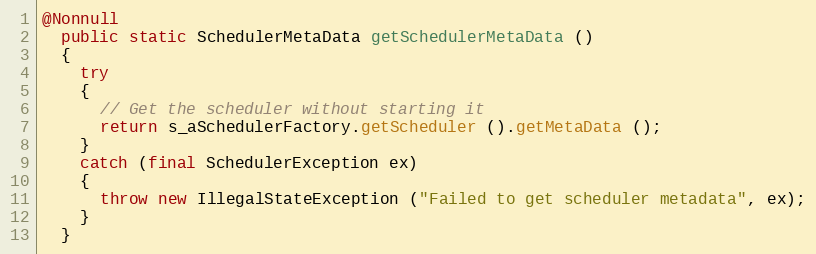
Language: Java
@Nonnull
  public static SchedulerMetaData getSchedulerMetaData ()
  {
    try
    {
      // Get the scheduler without starting it
      return s_aSchedulerFactory.getScheduler ().getMetaData ();
    }
    catch (final SchedulerException ex)
    {
      throw new IllegalStateException ("Failed to get scheduler metadata", ex);
    }
  }